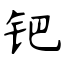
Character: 钯